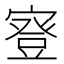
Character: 𡪺